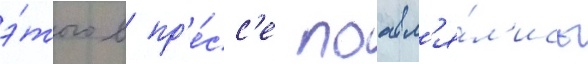
э́того в пр'е́сс'е поавл'я́л'ись